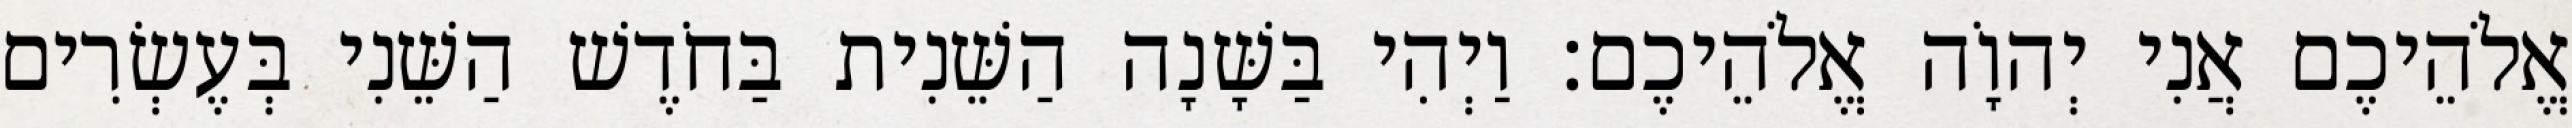
אֱלֹהֵיכֶם אֲנִי יְהוָֹה אֱלֹהֵיכֶם׃ וַיְהִי בַּשָּׁנָה הַשֵּׁנִית בַּחֹדֶשׁ הַשֵּׁנִי בְּעֶשְׂרִים